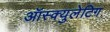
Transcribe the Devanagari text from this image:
ऑस्क्युलेटिग